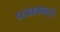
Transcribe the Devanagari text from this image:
प्रजावान्॥